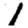
Digit: 1